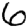
Digit: 6